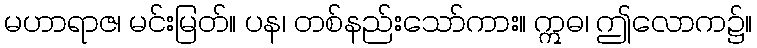
မဟာရာဇ၊ မင်းမြတ်။ ပန၊ တစ်နည်းသော်ကား။ ဣဓ၊ ဤလောက၌။